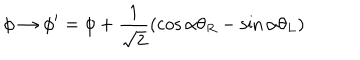
\phi \rightarrow \phi ^ { \prime } = \phi + \frac { 1 } { \sqrt { 2 } } ( \cos \alpha \theta _ { R } - \sin \alpha \theta _ { L } )